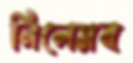
নিলেমব